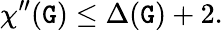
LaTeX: \chi^{\prime\prime}(\mathtt{G})\leq\Delta(\mathtt{G})+2.